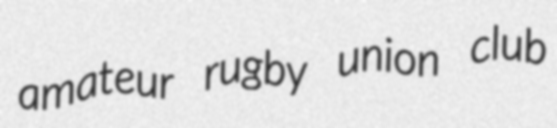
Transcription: amateur rugby union club